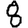
Digit: 8